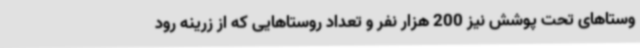
وستاهای تحت پوشش نیز 200 هزار نفر و تعداد روستاهایی که از زرینه رود